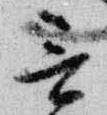
言